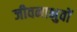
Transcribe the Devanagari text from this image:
जीवनाभुवों